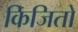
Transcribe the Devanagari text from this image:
किजितो